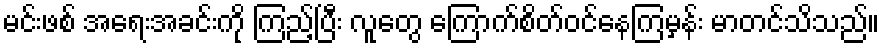
မင်းဖစ် အရေးအခင်းကို ကြည့်ပြီး လူတွေ ကြောက်စိတ်ဝင်နေကြမှန်း မာတင်သိသည်။